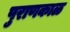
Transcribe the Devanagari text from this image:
पुराणकाळ